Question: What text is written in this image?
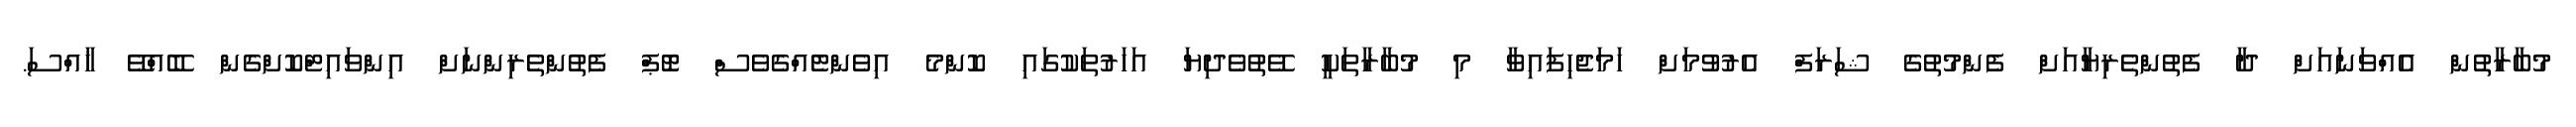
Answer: މުބާރާތުން އެއްވަނައަށް ދާ ފެތުންތެރިޔާއަށް ފެންމުތުގެ ޝަރަފް އެރުވުމަށް ހަމަޖެހިފައިވާ މި މުބާރާތަކީ ވޭތުވެދިޔަ އަހަރުތަކުގައި ކޮންމެ އިވެންޓެއްގެވެސް ޓޮޕް ފެތުންތެރިންނަށް އިންވައިޓްކޮށްގެން ބޭއްވޭ ޚާއްސަ.